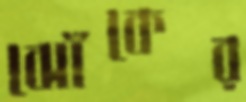
ঝোঁকের